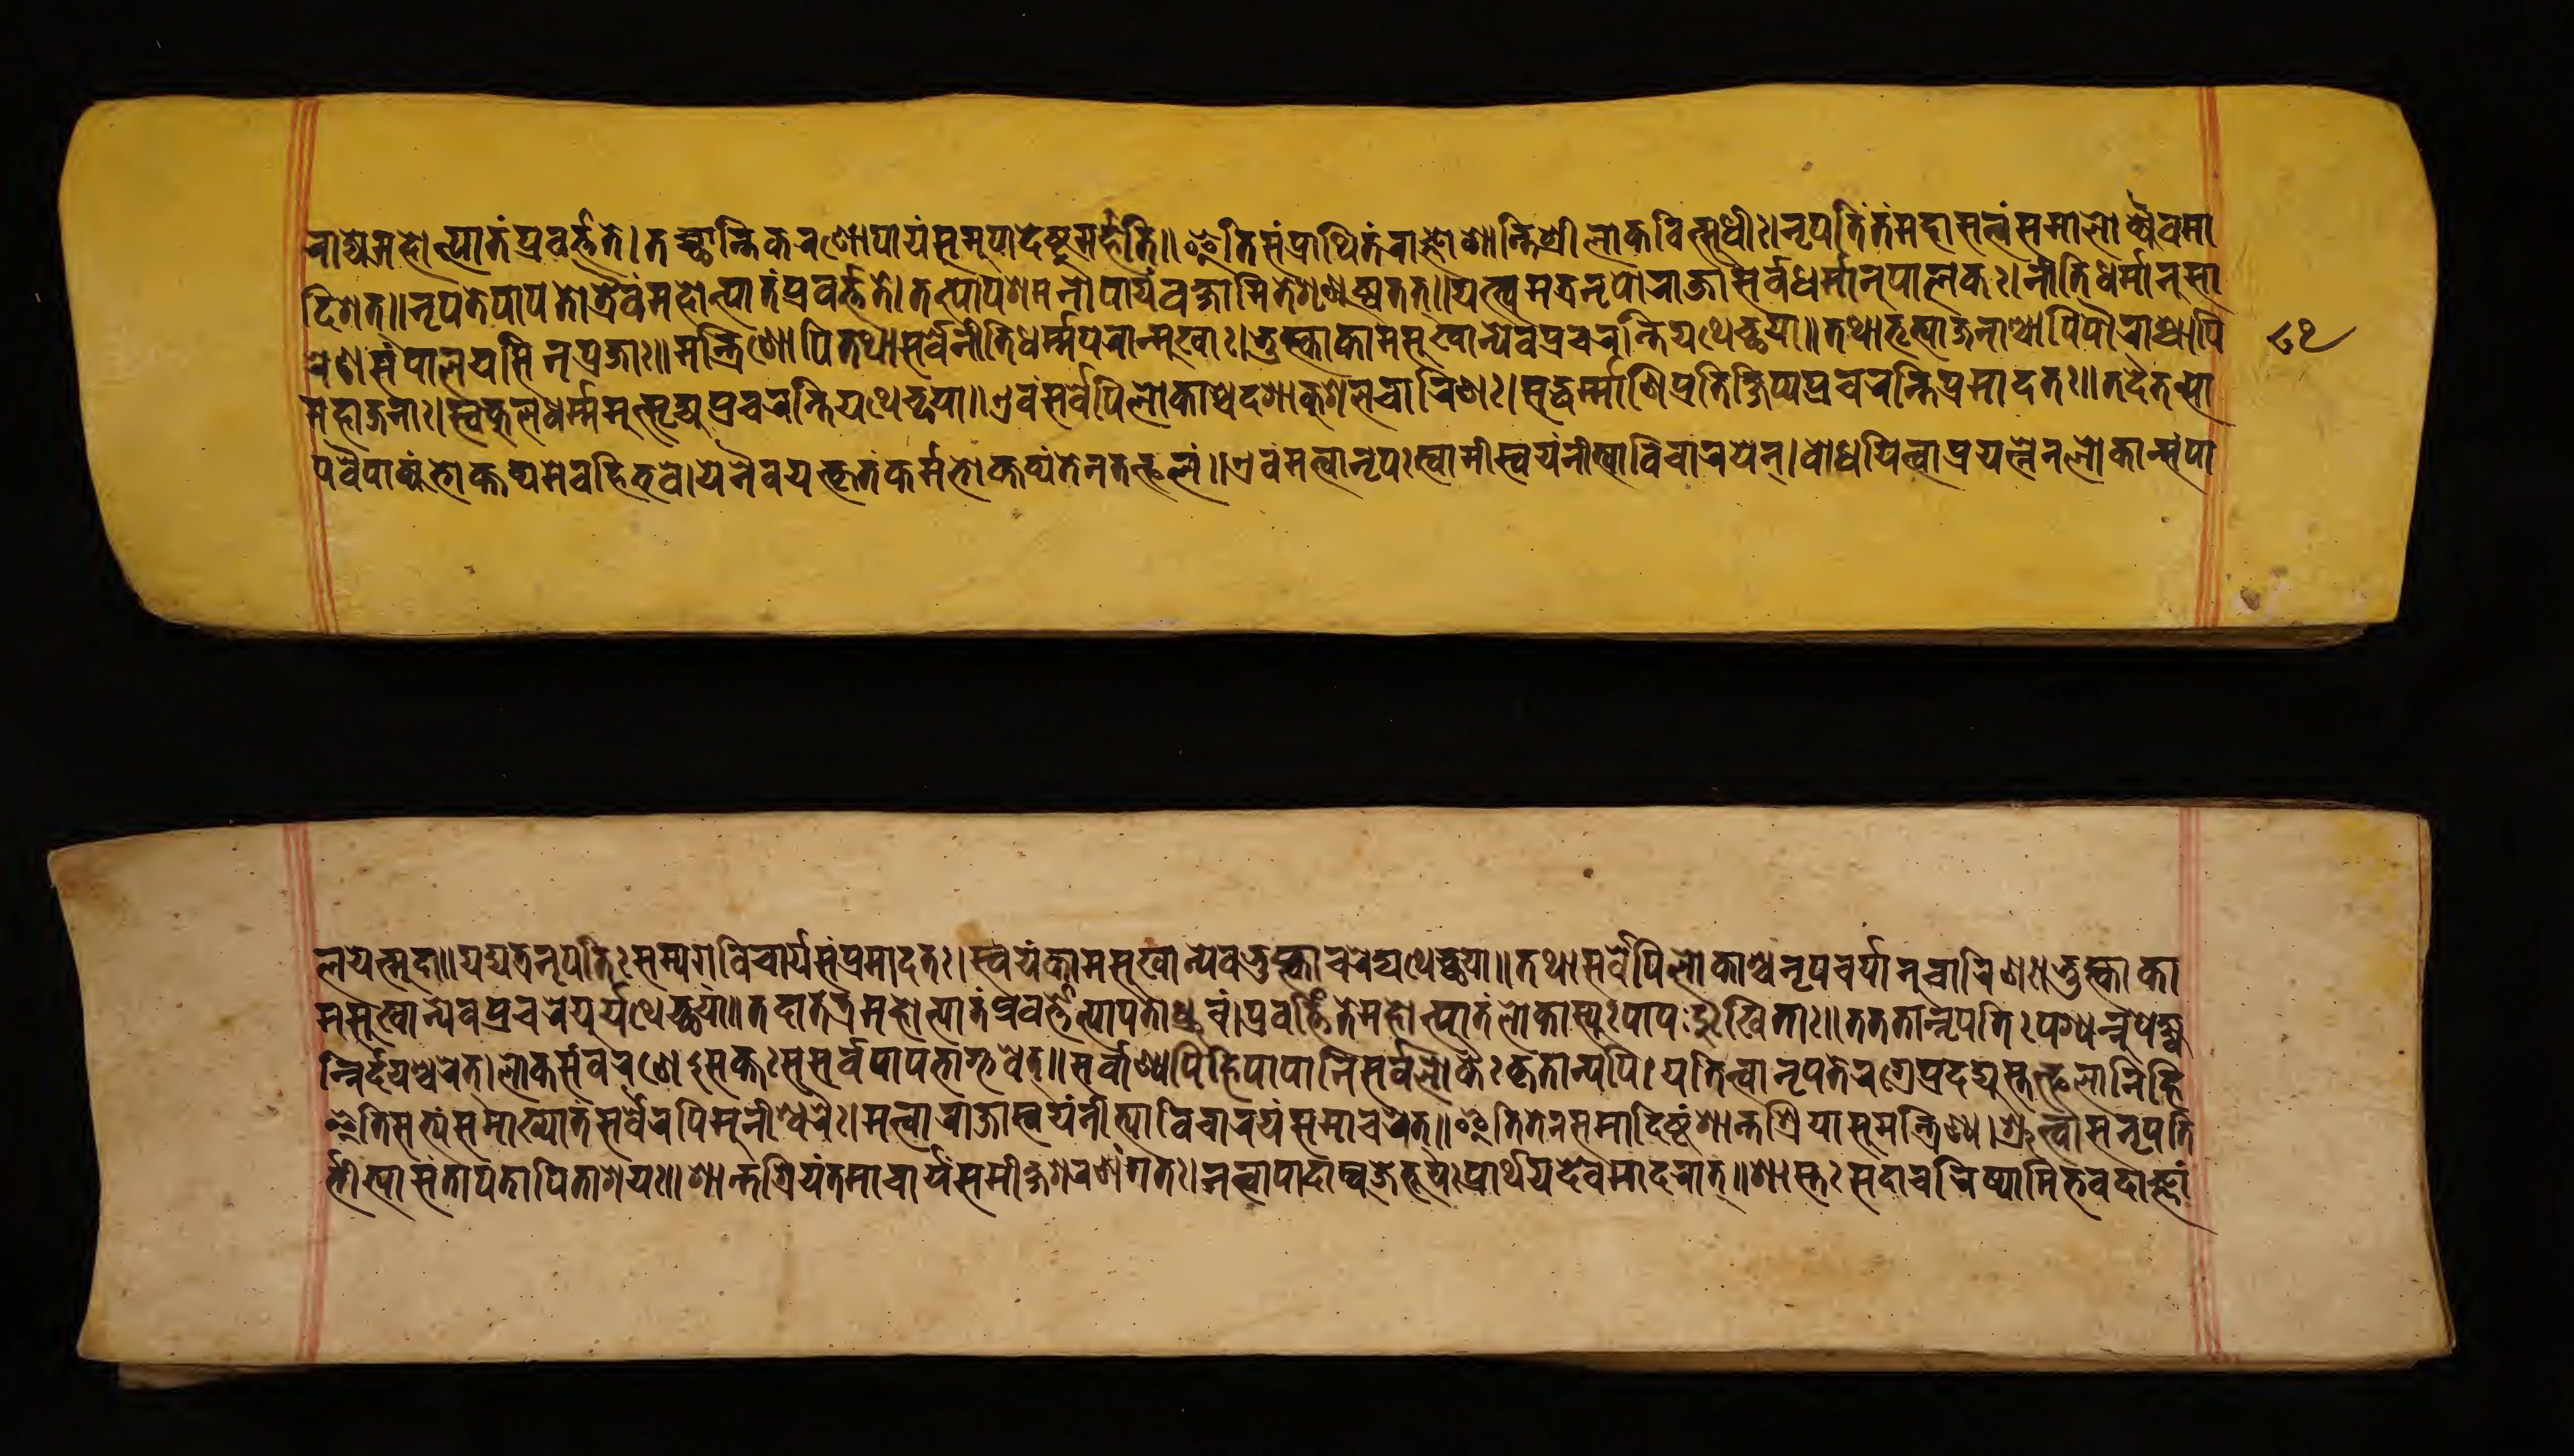
𑐬𑐵𑐖𑑂𑐫𑐾𑐩𑐴𑑀𑐟𑑂𑐥𑐵𑐟𑑄𑐥𑑂𑐬𑐰𑐬𑑂𑐟𑑂𑐟𑐟𑐾𑑋𑐟𑐔𑑂𑐕𑐵𑐣𑑂𑐟𑐶𑐎𑐬𑐞𑑀𑐥𑐵𑐫𑑄𑐳𑐩𑐸𑐥𑐵𑐡𑐾𑐲𑑂𑐚𑐸𑐩𑐬𑑂𑐴𑐟𑐶𑑌𑐂𑐟𑐶𑐳𑑄𑐥𑑂𑐬𑐵𑐬𑑂𑐠𑐶𑐟𑐾𑐬𑐵𑐖𑑂𑐘𑐵𑐱𑐵𑐣𑑂𑐟𑐱𑑂𑐬𑐷𑐩𑐣𑑂𑐟𑑂𑐬𑐰𑐶𑐟𑑂𑐳𑐸𑐢𑐷𑑅𑑋𑐣𑐺𑐥𑐟𑐾𑐟𑑄𑐩𑐴𑐵𑐳𑐟𑑂𑐟𑑂𑐰𑑄𑐳𑐩𑐵𑐮𑑀𑐎𑑂𑐫𑐿𑐰𑐩𑐵 𑐡𑐶𑐱𑐟𑑂𑑌𑐣𑐺𑐥𑐟𑐾𑐥𑐵𑐥𑐟𑑀𑐟𑑂𑐬𑐿𑐰𑑄𑐩𑐴𑑀𑐟𑑂𑐥𑐵𑐟𑑄𑐥𑑂𑐬𑐰𑐬𑑂𑐟𑑂𑐟𑐟𑐾𑑋𑐟𑐟𑑂𑐥𑐵𑐥𑐱𑐩𑐣𑑀𑐥𑐵𑐫𑑄𑐰𑐎𑑂𑐲𑐵𑐩𑐶𑐟𑐾𑐱𑐺𑐞𑐸𑐲𑑂𑐰𑐟𑐟𑑂𑑌𑐫𑐟𑑂𑐰𑐩𑐟𑑂𑐬𑐣𑐺𑐥𑐵𑐬𑐵𑐖𑐵𑐳𑐬𑑂𑐰𑐢𑐬𑑂𑐩𑐵𑐣𑐸𑐥𑐵𑐮𑐎𑑅𑑋𑐣𑐷𑐟𑐶𑐢𑐬𑑂𑐩𑑂𑐩𑐵𑐣𑐸𑐳𑐵 𑐬𑐾𑐞𑐳𑑄𑐥𑐵𑐮𑐫𑐳𑐶𑐣𑐥𑑂𑐬𑐖𑐵𑑅𑑌𑐩𑐣𑑂𑐟𑑂𑐬𑐶𑐞𑑀𑐥𑐶𑐟𑐠𑐵𑐳𑐬𑑂𑐰𑐣𑐷𑐟𑐶𑐢𑐬𑑂𑐩𑐥𑐬𑐵𑐒𑑂𑐩𑐸𑐏𑐵𑑅𑑋𑐨𑐸𑐎𑑂𑐟𑑂𑐰𑐵𑐎𑐵𑐩𑐳𑐸𑐏𑐵𑐣𑑂𑐫𑐾𑐰𑐥𑑂𑐬𑐔𑐬𑐣𑑂𑐟𑐶𑐫𑐠𑐾𑐔𑑂𑐕𑐫𑐵𑑌𑐟𑐠𑐵𑐨𑐺𑐟𑑂𑐫𑐵𑐖𑐣𑐵𑐱𑑂𑐔𑐵𑐥𑐶𑐥𑑁𑐬𑐵𑐱𑑂𑐔𑐵𑐥𑐶 𑐩𑐴𑐵𑐖𑐣𑐵𑑅𑑋𑐳𑑂𑐰𑐎𑐸𑐮𑐢𑐬𑑂𑐩𑐩𑐸𑐟𑑂𑐳𑐺𑐖𑑂𑐫𑐥𑑂𑐬𑐔𑐬𑐣𑑂𑐟𑐶𑐫𑐠𑐾𑐔𑑂𑐕𑐫𑐵𑑌𑐊𑐰𑑄𑐳𑐬𑑂𑐰𑐾𑐥𑐶𑐮𑑀𑐎𑐵𑐱𑑂𑐔𑐡𑐱𑐵𑐎𑐸𑐱𑐮𑐔𑐵𑐬𑐶𑐞𑑅𑑋𑐳𑐡𑑂𑐢𑐬𑑂𑐩𑐵𑐞𑐶𑐥𑑂𑐬𑐟𑐶𑐎𑑂𑐲𑐶𑐥𑑂𑐫𑐥𑑂𑐬𑐔𑐬𑐣𑑂𑐟𑐶𑐥𑑂𑐬𑐩𑐵𑐡𑐟𑑅𑑌𑐟𑐡𑐿𑐟𑐟𑑂𑐥𑐵 𑐥𑐰𑐿𑐥𑐵𑐎𑑂𑐫𑑄𑐨𑑀𑐎𑑂𑐟𑐰𑑂𑐫𑑄𑐩𑐾𑐰𑐴𑐶𑐨𑐰𑑋𑐫𑐾𑐣𑐿𑐰𑐫𑐟𑑂𑐎𑐺𑐟𑑄𑐎𑐬𑑂𑐩𑑂𑐩𑐨𑑀𑐎𑑂𑐟𑐰𑑂𑐫𑑄𑐟𑐾𑐣𑐟𑐟𑑂𑐦𑐮𑑄𑑌𑐊𑐰𑑄𑐩𑐟𑑂𑐰𑐵𑐣𑐺𑐥𑑅𑐳𑑂𑐰𑐵𑐩𑐷𑐳𑑂𑐰𑐫𑑄𑐣𑐷𑐟𑑂𑐫𑐵𑐰𑐶𑐔𑐵𑐬𑐫𑐣𑑂𑑋𑐧𑑀𑐢𑐫𑐶𑐟𑑂𑐰𑐵𑐥𑑂𑐬𑐫𑐟𑑂𑐣𑐾𑐣𑐮𑑀𑐎𑐵𑐣𑑂𑐳𑑄𑐥𑐵 𑐮𑐫𑐟𑑂𑐳𑐡𑐵𑑌𑐫𑐡𑑂𑐫𑐟𑑂𑐬𑐣𑐺𑐥𑐟𑐶𑑅𑐳𑐩𑑂𑐫𑐐𑐰𑐶𑐔𑐵𑐬𑑂𑐫𑐥𑑂𑐬𑐩𑐵𑐡𑐟𑑅𑑌𑐳𑑂𑐰𑐫𑑄𑐎𑐵𑐩𑐳𑐸𑐏𑐵𑐣𑑂𑐫𑐾𑐰𑐨𑐸𑐎𑑂𑐟𑑂𑐰𑐵𑐔𑐬𑐡𑑂𑐫𑐠𑐾𑐔𑑂𑐕𑐫𑐵𑑌𑐟𑐠𑐵𑐳𑐬𑑂𑐰𑐾𑐥𑐶𑐮𑑀𑐎𑐵𑐱𑑂𑐔𑐣𑐺𑐥𑐔𑐬𑑂𑐫𑐵𑐣𑐸𑐔𑐵𑐬𑐶𑐞𑑅𑑋𑐨𑐸𑐎𑑂𑐟𑑂𑐰𑐵𑐎𑐵 𑐩𑐳𑐸𑐏𑐵𑐣𑑂𑐫𑐾𑐰𑐥𑑂𑐬𑐔𑐬𑐾𑐫𑐸𑐬𑑂𑐫𑐠𑐾𑐔𑑂𑐕𑐫𑐵𑑌𑐟𑐡𑐵𑐟𑐟𑑂𑐬𑐩𑐴𑑀𑐟𑑂𑐥𑐵𑐟𑑄𑐥𑑂𑐬𑐰𑐬𑑂𑐟𑑂𑐟𑐟𑑂𑐥𑐵𑐥𑐟𑑀𑐢𑑂𑐬𑐸𑐰𑑄𑑋𑐥𑑂𑐬𑐰𑐬𑑂𑐟𑑂𑐟𑐶𑐟𑐾𑐩𑐴𑑀𑐟𑑂𑐥𑐵𑐟𑐮𑑀𑐎𑐵𑐳𑑂𑐫𑐸𑑅𑐥𑐵𑐥𑐡𑐸𑑅𑐏𑐶𑐟𑐵𑑅𑑌𑐟𑐟𑑂𑐬𑐟𑐵𑐣𑑂𑐣𑐺𑐥𑐟𑐶𑑅𑐥𑐱𑑂𑐫𑐣𑑂𑐣𑐸𑐥𑐾𑐎𑑂𑐲𑑂𑐫 𑐣𑐶𑐬𑑂𑐡𑐫𑐱𑑂𑐔𑐬𑐟𑑂𑑋𑐮𑑀𑐎𑐳𑑄𑐬𑐎𑑂𑐲𑐞𑐾𑐀𑐳𑐎𑑂𑐟𑑅𑐳𑐳𑐬𑑂𑐰𑐥𑐵𑐥𑐨𑐵𑐐𑑂𑐨𑐰𑐾𑐟𑑂𑑌𑐳𑐬𑑂𑐰𑐵𑐞𑑂𑐫𑐥𑐶𑐴𑐶𑐥𑐵𑐥𑐵𑐣𑐶𑐳𑐬𑑂𑐰𑐮𑑀𑐎𑐿𑑅𑐎𑐺𑐟𑐵𑐣𑑂𑐫𑐥𑐶𑑋𑐥𑐟𑐶𑐟𑑂𑐰𑐵𑐣𑐺𑐥𑐟𑐾𑐬𑐐𑑂𑐬𑐾𑐥𑑂𑐬𑐡𑐡𑑂𑐫𑐸𑐳𑑂𑐟𑐟𑑂𑐦𑐮𑐵𑐣𑐶𑐴𑐶 𑐂𑐟𑐶𑐳𑐟𑑂𑐫𑑄𑐳𑐩𑐵𑐏𑑂𑐫𑐵𑐟𑑄𑐳𑐬𑑂𑐰𑐿𑐬𑐥𑐶𑐩𑐸𑐣𑐷𑐱𑑂𑐰𑐬𑐿𑑅𑑋𑐣𑐟𑑂𑐰𑐵𑐬𑐵𑐖𑐵𑐳𑑂𑐰𑐫𑑄𑐣𑐷𑐟𑑂𑐫𑐵𑐰𑐶𑐔𑐵𑐬𑐫𑐣𑑂𑐳𑐩𑐵𑐔𑐬𑐾𑐟𑑂𑑌𑐂𑐟𑐶𑐟𑐾𑐣𑐳𑐩𑐵𑐡𑐶𑐲𑑂𑐚𑑄𑐱𑐵𑐣𑑂𑐟𑐱𑑂𑐬𑐶𑐫𑐵𑐳𑐸𑐩𑐣𑑂𑐟𑑂𑐬𑐶𑐞𑐵𑑋𑐱𑑂𑐬𑐸𑐟𑑂𑐰𑐵𑐳𑐣𑐺𑐥𑐟𑐶 𑐬𑑂𑐨𑐷𑐟𑑂𑐫𑐵𑐳𑑄𑐟𑐵𑐥𑐟𑐵𑐥𑐶𑐟𑐵𑐱𑐫𑑅𑑌𑐱𑐵𑐣𑑂𑐟𑐱𑑂𑐬𑐶𑐫𑑄𑐟𑐩𑐵𑐔𑐵𑐬𑑂𑐫𑐳𑐩𑐷𑐎𑑂𑐲𑑂𑐫𑐱𑐬𑐞𑑄𑐐𑐟𑑅𑑋𑐣𑐟𑑂𑐰𑐵𑐥𑐵𑐡𑐵𑐩𑑂𑐧𑐸𑐖𑐾𑐨𑐹𑐫𑑅𑐥𑑂𑐬𑐵𑐬𑑂𑐠𑐫𑐡𑐾𑐰𑐩𑐵𑐡𑐬𑐵𑐟𑑂𑑌𑐱𑐵𑐳𑑂𑐟𑑅𑐳𑐡𑐵𑐔𑐬𑐶𑐲𑑂𑐫𑐵𑐩𑐶𑐨𑐰𑐡𑐵𑐖𑑂𑐘𑐵𑑄 𑑘𑑕